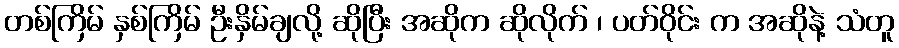
တစ်ကြိမ် နှစ်ကြိမ် ဦးနှိမ်ချလို့ ဆိုပြီး အဆိုက ဆိုလိုက် ၊ ပတ်ဝိုင်း က အဆိုနဲ့ သံတူ